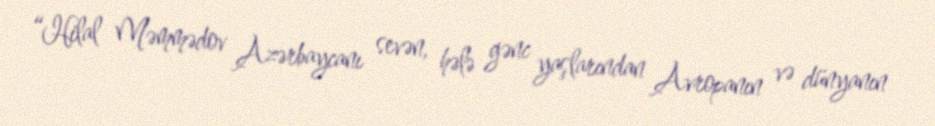
“Hilal Məmmədov Azərbaycanı sevən, hələ gənc yaşlarından Avropanın və dünyanın